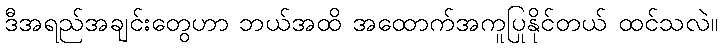
ဒီအရည်အချင်းတွေဟာ ဘယ်အထိ အထောက်အကူပြုနိုင်တယ် ထင်သလဲ။